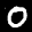
Label: 0